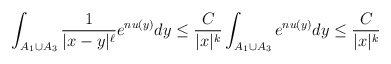
\begin{align*}\int_{A_1\cup A_3} \frac{1}{|x-y|^\ell}e^{nu(y)}dy\leq \frac{C}{|x|^{k}} \int_{A_1\cup A_3} e^{nu(y)}dy\leq \frac{C}{|x|^{k}}\end{align*}